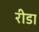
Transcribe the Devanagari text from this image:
रीडा